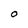
Character: O